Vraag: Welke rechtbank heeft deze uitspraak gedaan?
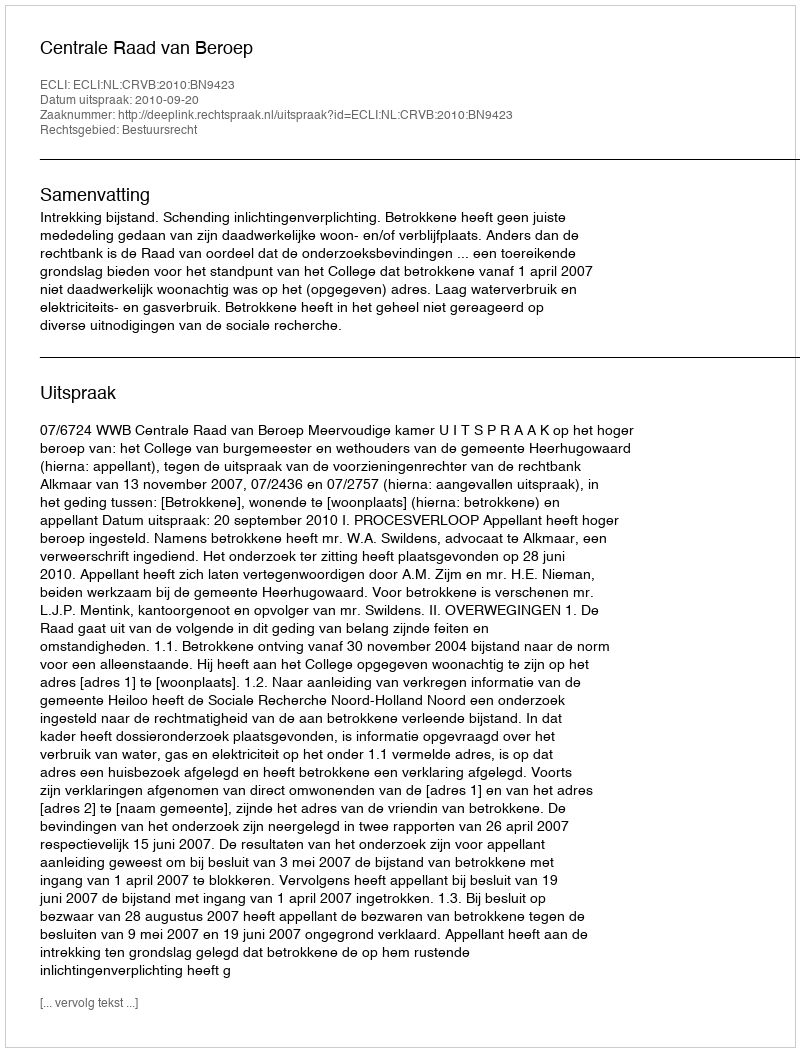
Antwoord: Centrale Raad van Beroep